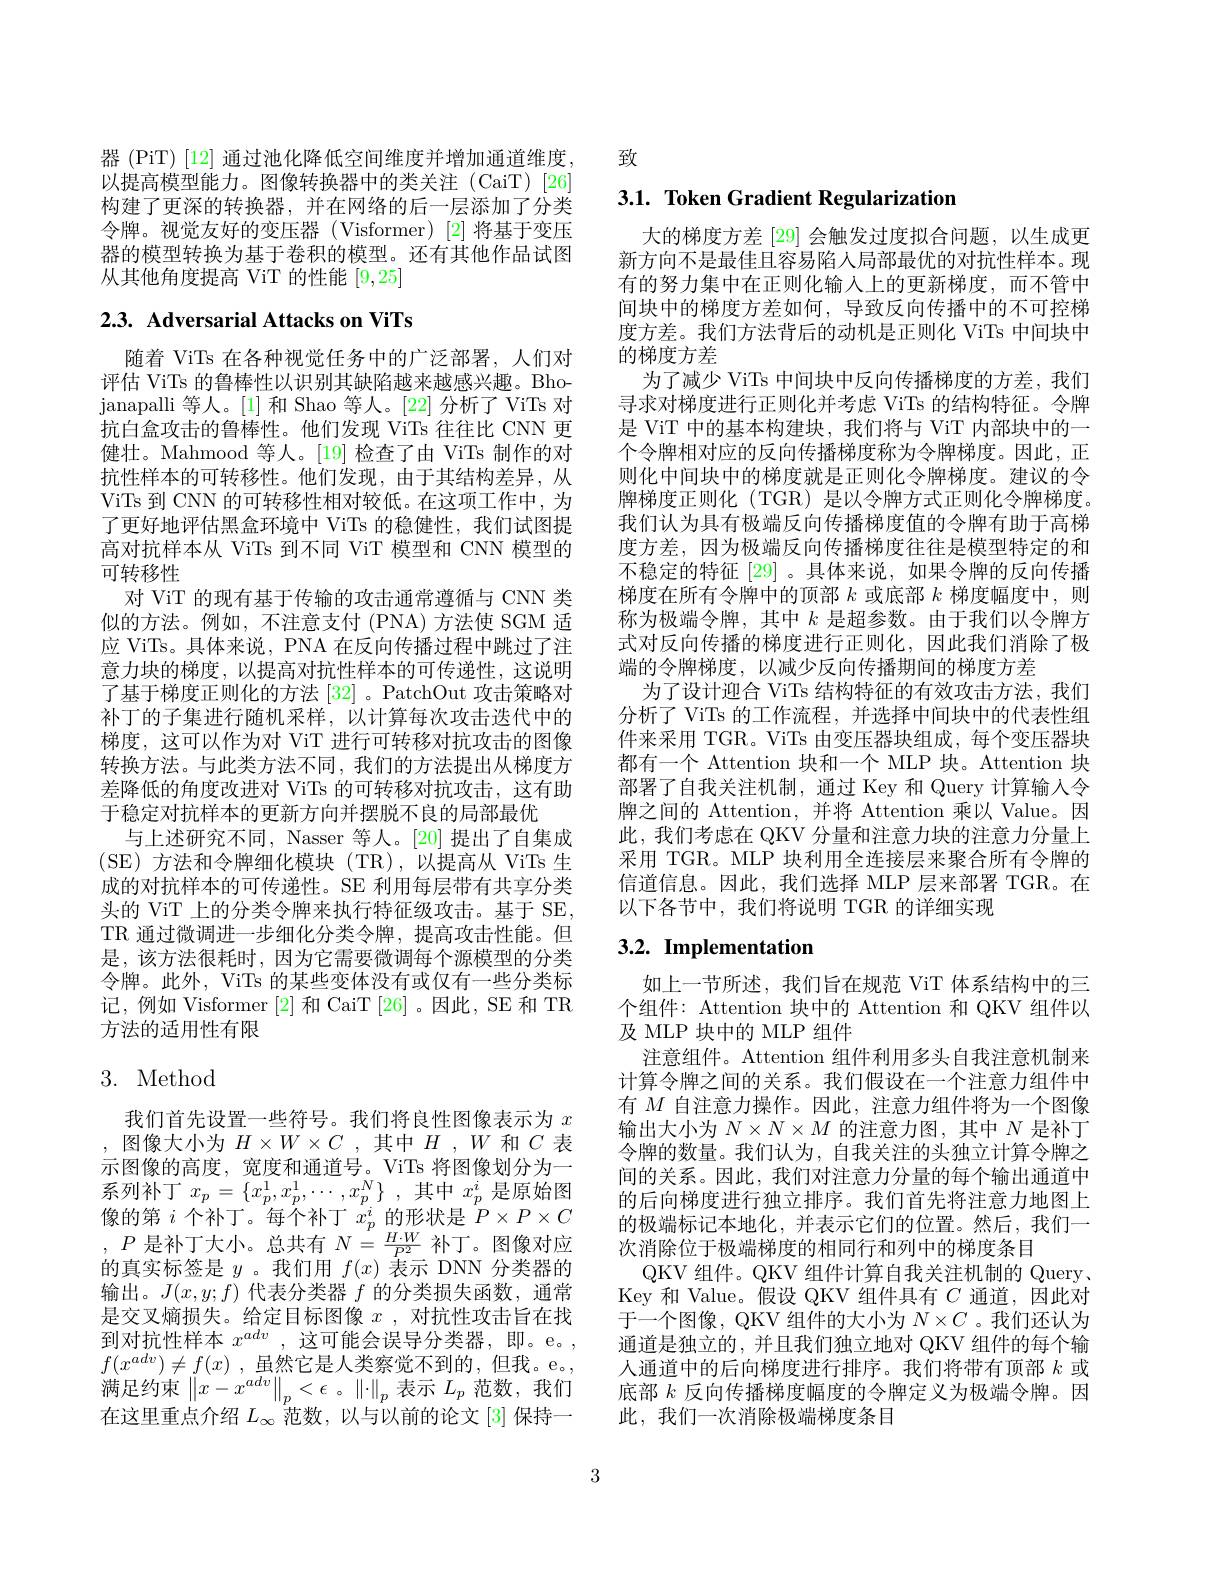
器 (PiT) [12] 通过池化降低空间维度并增加通道维度，致
以提高模型能力。图像转换器中的类关注(CaiT)[26] 构建了更深的转换器，并在网络的后一层添加了分类令牌。视觉友好的变压器(Visformer)[2]将基于变压器的模型转换为基于卷积的模型。还有其他作品试图从其他角度提高 ViT 的性能[9,25]

# 2.3. Adversarial Attacks on ViTs

随着 ViTs 在各种视觉任务中的广泛部署，人们对评估 ViTs 的鲁棒性以识别其缺陷越来越感兴趣。Bhojanapalli 等人。[1]和 Shao 等人。[22] 分析了 ViTs 对抗白盒攻击的鲁棒性。他们发现 ViTs 往往比 CNN 更健壮。Mahmood 等人。[19] 检查了由 ViTs 制作的对抗性样本的可转移性。他们发现，由于其结构差异，从ViTs 到 CNN 的可转移性相对较低。在这项工作中，为了更好地评估黑盒环境中 ViTs 的稳健性，我们试图提高对抗样本从 ViTs 到不同 ViT 模型和 CNN 模型的可转移性
对 ViT 的现有基于传输的攻击通常遵循与 CNN 类似的方法。例如，不注意支付(PNA)方法使 SGM 适应 ViTs。具体来说，PNA 在反向传播过程中跳过了注意力块的梯度，以提高对抗性样本的可传递性，这说明了基于梯度正则化的方法 [32] 。PatchOut 攻击策略对补丁的子集进行随机采样，以计算每次攻击迭代中的梯度，这可以作为对 ViT 进行可转移对抗攻击的图像转换方法。与此类方法不同，我们的方法提出从梯度方差降低的角度改进对 ViTs 的可转移对抗攻击，这有助于稳定对抗样本的更新方向并摆脱不良的局部最优
与上述研究不同，Nasser 等人。[20] 提出了自集成(SE)方法和令牌细化模块(TR),以提高从 ViTs 生成的对抗样本的可传递性。SE 利用每层带有共享分类头的 ViT 上的分类令牌来执行特征级攻击。基于 SE, TR 通过微调进一步细化分类令牌，提高攻击性能。但是，该方法很耗时，因为它需要微调每个源模型的分类令牌。此外，ViTs 的某些变体没有或仅有一些分类标记，例如 Visformer [2] 和 CaiT [26] 。因此，SE 和 TR 方法的适用性有限

# 3. Method

我们首先设置一些符号。我们将良性图像表示为$x$ ,图像大小为$H\times W\times C$,其中$H,W$和$C$表示图像的高度，宽度和通道号。ViTs 将图像划分为一系列补丁$x_p=\{x_p^1,x_p^1,\cdots,x_p^N\}$ ,其中$x_p^i$是原始图像的第$i$个补丁。每个补丁$x_p^i$的形状是$P\times P\times C$ $,P$ 是补丁大小。总共有$N=\frac H\cdot W{P^2}$ 补丁。图像对应的真实标签是$y$ 。我们用$f(x)\dot{\text{表示 DNN 分类器的}}$ 输出。$J(x,y;f)$代表分类器$f$的分类损失函数，通常是交叉熵损失。给定目标图像$x$ ,对抗性攻击旨在找到对抗性样本$x^{adv}$,这可能会误导分类器，即。e。, $f( x^{adv}) \neq f( x)$ ,虽然它是人类察觉不到的，但我。e。, 满足约束$\left\|x-x^{adv}\right\|_p<\epsilon$。$\left\|\cdot\right\|_p$表示$L_p$范数，我们在这里重点介绍$L_\infty$范数，以与以前的论文 [3] 保持一

# 3.1. Token Gradient Regularization

大的梯度方差 [29] 会触发过度拟合问题，以生成更新方向不是最佳且容易陷人局部最优的对抗性样本。现有的努力集中在正则化输入上的更新梯度，而不管中间块中的梯度方差如何，导致反向传播中的不可控梯度方差。我们方法背后的动机是正则化 ViTs 中间块中的梯度方差
为了减少 ViTs 中间块中反向传播梯度的方差，我们寻求对梯度进行正则化并考虑 ViTs 的结构特征。令牌是 ViT 中的基本构建块，我们将与 ViT 内部块中的一个令牌相对应的反向传播梯度称为令牌梯度。因此，正则化中间块中的梯度就是正则化令牌梯度。建议的令牌梯度正则化(TGR)是以令牌方式正则化令牌梯度。我们认为具有极端反向传播梯度值的令牌有助于高梯度方差，因为极端反向传播梯度往往是模型特定的和不稳定的特征[29]。具体来说，如果令牌的反向传播梯度在所有令牌中的顶部$k$或底部$k$梯度幅度中，则称为极端令牌，其中$k$是超参数。由于我们以令牌方式对反向传播的梯度进行正则化，因此我们消除了极端的令牌梯度，以减少反向传播期间的梯度方差
为了设计迎合 ViTs 结构特征的有效攻击方法，我们分析了 ViTs 的工作流程，并选择中间块中的代表性组件来采用 TGR。ViTs 由变压器块组成，每个变压器块都有一个 Attention 块和一个 MLP 块。Attention 块部署了自我关注机制，通过 Key 和 Query 计算输人令牌之间的 Attention,并将 Attention 乘以 Value。因此，我们考虑在 QKV 分量和注意力块的注意力分量上采用 TGR。MLP 块利用全连接层来聚合所有令牌的信道信息。因此，我们选择 MLP 层来部署 TGR。在以下各节中，我们将说明 TGR 的详细实现

# 3.2. Implementation

如上一节所述，我们旨在规范 ViT 体系结构中的三个组件：Attention 块中的 Attention 和 QKV 组件以及 MLP 块中的 MLP 组件
注意组件。Attention 组件利用多头自我注意机制来计算令牌之间的关系。我们假设在一个注意力组件中有$M$自注意力操作。因此，注意力组件将为一个图像输出大小为$N\times N\times M$的注意力图，其中$N$是补丁令牌的数量。我们认为，自我关注的头独立计算令牌之间的关系。因此，我们对注意力分量的每个输出通道中的后向梯度进行独立排序。我们首先将注意力地图上的极端标记本地化，并表示它们的位置。然后，我们一次消除位于极端梯度的相同行和列中的梯度条目
QKV 组件。QKV 组件计算自我关注机制的 Query. Key 和 Value。假设 QKV 组件具有$C$通道，因此对于一个图像，QKV 组件的大小为$N\times C$ 。我们还认为通道是独立的，并且我们独立地对 QKV 组件的每个输人通道中的后向梯度进行排序。我们将带有顶部$k$或底部$k$反向传播梯度幅度的令牌定义为极端令牌。因此，我们一次消除极端梯度条目

3